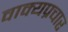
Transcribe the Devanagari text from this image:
वाक्यप्रचार